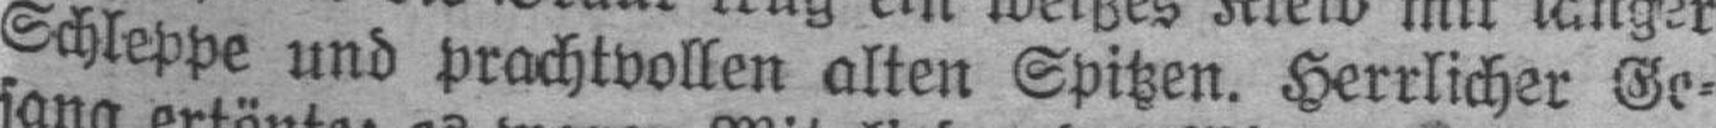
Schleppe und prachtvollen alten Spitzen. Herrlicher Ge¬